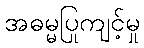
အဓမ္မပြုကျင့်မှု